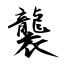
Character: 襲